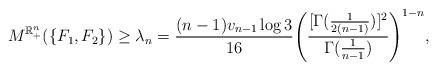
LaTeX: \begin{align*}M^{\mathbb R^n_+}(\{F_1,F_2\}) \ge \lambda_n =\frac{(n - 1)v_{n - 1}\log 3}{16} \Biggl(\frac{[\Gamma(\frac{1}{2(n - 1)})]^2}{\Gamma(\frac{1}{n - 1})}\Biggr)^{1 - n},\end{align*}